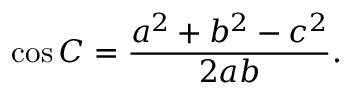
\cos C = { \frac { a ^ { 2 } + b ^ { 2 } - c ^ { 2 } } { 2 a b } } .